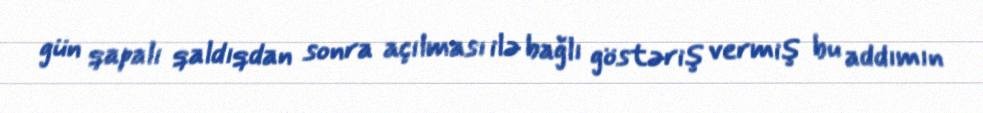
gün qapalı qaldıqdan sonra açılması ilə bağlı göstəriş vermiş bu addımın